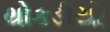
થોકડીયો